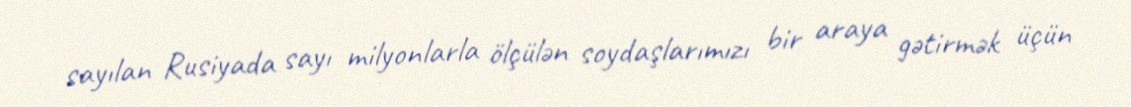
sayılan Rusiyada sayı milyonlarla ölçülən soydaşlarımızı bir araya gətirmək üçün